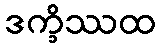
ဒက္ခိဿထ